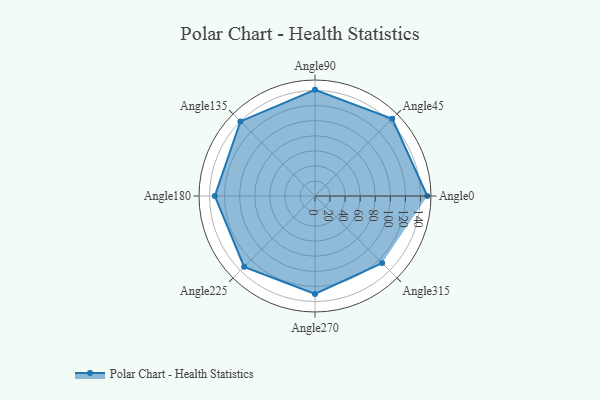
{"axis": {"x": "Angle", "y": "Radius"}, "legend": [""], "data": [{"x": "Angle0", "y": 149.0, "type": ""}, {"x": "Angle45", "y": 145.0, "type": ""}, {"x": "Angle90", "y": 141.0, "type": ""}, {"x": "Angle135", "y": 140.0, "type": ""}, {"x": "Angle180", "y": 133.0, "type": ""}, {"x": "Angle225", "y": 133.0, "type": ""}, {"x": "Angle270", "y": 130.0, "type": ""}, {"x": "Angle315", "y": 126.0, "type": ""}]}